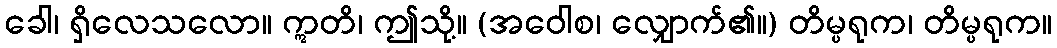
ခေါ၊ ရှိလေသလော။ ဣတိ၊ ဤသို့။ (အဝေါစ၊ လျှောက်၏။) တိမ္ပရုက၊ တိမ္ပရုက။